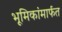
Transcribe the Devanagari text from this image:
भूमिकांमार्फत